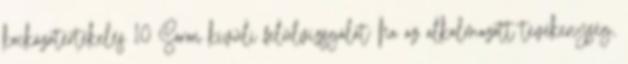
kockázatértékelés 10 Soron kívüli felülvizsgálat: ha az alkalmazott tevékenység,